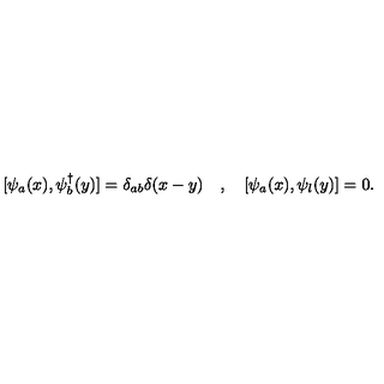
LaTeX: [ \psi _ { a } ( x ) , \psi _ { b } ^ { \dagger } ( y ) ] = \delta _ { a b } \delta ( x - y ) \quad , \quad [ \psi _ { a } ( x ) , \psi _ { l } ( y ) ] = 0 .